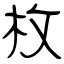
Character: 枚